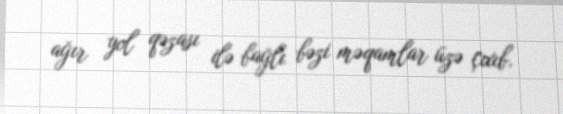
ağır yol qəzası ilə bağlı bəzi məqamlar üzə çıxıb.